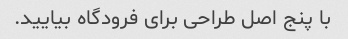
با پنج اصل طراحی برای فرودگاه بیایید.